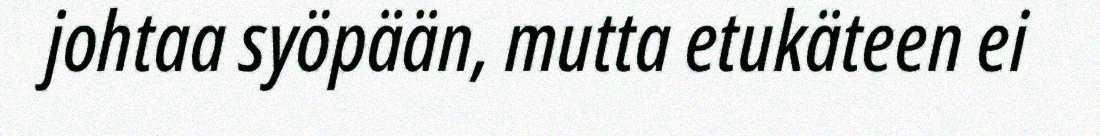
johtaa syöpään, mutta etukäteen ei